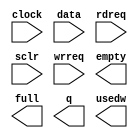
// megafunction wizard: %FIFO%VBB%
// GENERATION: STANDARD
// VERSION: WM1.0
// MODULE: scfifo 

// ============================================================
// Megafunction Name(s):
// 			scfifo
//
// Simulation Library Files(s):
// 			altera_mf
// ============================================================
// ************************************************************
// THIS IS A WIZARD-GENERATED FILE. DO NOT EDIT THIS FILE!
//
// 14.1.0 Build 186 12/03/2014 SJ Full Version
// ************************************************************

//Copyright (C) 1991-2014 Altera Corporation. All rights reserved.
//Your use of Altera Corporation's design tools, logic functions 
//and other software and tools, and its AMPP partner logic 
//functions, and any output files from any of the foregoing 
//(including device programming or simulation files), and any 
//associated documentation or information are expressly subject 
//to the terms and conditions of the Altera Program License 
//Subscription Agreement, the Altera Quartus II License Agreement,
//the Altera MegaCore Function License Agreement, or other 
//applicable license agreement, including, without limitation, 
//that your use is for the sole purpose of programming logic 
//devices manufactured by Altera and sold by Altera or its 
//authorized distributors.  Please refer to the applicable 
//agreement for further details.

module avmm_transaction_fifo (
	clock,
	data,
	rdreq,
	sclr,
	wrreq,
	empty,
	full,
	q,
	usedw);

	input	  clock;
	input	[7:0]  data;
	input	  rdreq;
	input	  sclr;
	input	  wrreq;
	output	  empty;
	output	  full;
	output	[7:0]  q;
	output	[7:0]  usedw;

endmodule

// ============================================================
// CNX file retrieval info
// ============================================================
// Retrieval info: PRIVATE: AlmostEmpty NUMERIC "0"
// Retrieval info: PRIVATE: AlmostEmptyThr NUMERIC "-1"
// Retrieval info: PRIVATE: AlmostFull NUMERIC "0"
// Retrieval info: PRIVATE: AlmostFullThr NUMERIC "-1"
// Retrieval info: PRIVATE: CLOCKS_ARE_SYNCHRONIZED NUMERIC "0"
// Retrieval info: PRIVATE: Clock NUMERIC "0"
// Retrieval info: PRIVATE: Depth NUMERIC "256"
// Retrieval info: PRIVATE: Empty NUMERIC "1"
// Retrieval info: PRIVATE: Full NUMERIC "1"
// Retrieval info: PRIVATE: INTENDED_DEVICE_FAMILY STRING "Stratix"
// Retrieval info: PRIVATE: LE_BasedFIFO NUMERIC "0"
// Retrieval info: PRIVATE: LegacyRREQ NUMERIC "1"
// Retrieval info: PRIVATE: MAX_DEPTH_BY_9 NUMERIC "0"
// Retrieval info: PRIVATE: OVERFLOW_CHECKING NUMERIC "0"
// Retrieval info: PRIVATE: Optimize NUMERIC "0"
// Retrieval info: PRIVATE: RAM_BLOCK_TYPE NUMERIC "0"
// Retrieval info: PRIVATE: SYNTH_WRAPPER_GEN_POSTFIX STRING "0"
// Retrieval info: PRIVATE: UNDERFLOW_CHECKING NUMERIC "0"
// Retrieval info: PRIVATE: UsedW NUMERIC "1"
// Retrieval info: PRIVATE: Width NUMERIC "8"
// Retrieval info: PRIVATE: dc_aclr NUMERIC "0"
// Retrieval info: PRIVATE: diff_widths NUMERIC "0"
// Retrieval info: PRIVATE: msb_usedw NUMERIC "0"
// Retrieval info: PRIVATE: output_width NUMERIC "8"
// Retrieval info: PRIVATE: rsEmpty NUMERIC "1"
// Retrieval info: PRIVATE: rsFull NUMERIC "0"
// Retrieval info: PRIVATE: rsUsedW NUMERIC "0"
// Retrieval info: PRIVATE: sc_aclr NUMERIC "0"
// Retrieval info: PRIVATE: sc_sclr NUMERIC "1"
// Retrieval info: PRIVATE: wsEmpty NUMERIC "0"
// Retrieval info: PRIVATE: wsFull NUMERIC "1"
// Retrieval info: PRIVATE: wsUsedW NUMERIC "0"
// Retrieval info: LIBRARY: altera_mf altera_mf.altera_mf_components.all
// Retrieval info: CONSTANT: ADD_RAM_OUTPUT_REGISTER STRING "OFF"
// Retrieval info: CONSTANT: INTENDED_DEVICE_FAMILY STRING "Stratix"
// Retrieval info: CONSTANT: LPM_NUMWORDS NUMERIC "256"
// Retrieval info: CONSTANT: LPM_SHOWAHEAD STRING "OFF"
// Retrieval info: CONSTANT: LPM_TYPE STRING "scfifo"
// Retrieval info: CONSTANT: LPM_WIDTH NUMERIC "8"
// Retrieval info: CONSTANT: LPM_WIDTHU NUMERIC "8"
// Retrieval info: CONSTANT: OVERFLOW_CHECKING STRING "ON"
// Retrieval info: CONSTANT: UNDERFLOW_CHECKING STRING "ON"
// Retrieval info: CONSTANT: USE_EAB STRING "ON"
// Retrieval info: USED_PORT: clock 0 0 0 0 INPUT NODEFVAL "clock"
// Retrieval info: USED_PORT: data 0 0 8 0 INPUT NODEFVAL "data[7..0]"
// Retrieval info: USED_PORT: empty 0 0 0 0 OUTPUT NODEFVAL "empty"
// Retrieval info: USED_PORT: full 0 0 0 0 OUTPUT NODEFVAL "full"
// Retrieval info: USED_PORT: q 0 0 8 0 OUTPUT NODEFVAL "q[7..0]"
// Retrieval info: USED_PORT: rdreq 0 0 0 0 INPUT NODEFVAL "rdreq"
// Retrieval info: USED_PORT: sclr 0 0 0 0 INPUT NODEFVAL "sclr"
// Retrieval info: USED_PORT: usedw 0 0 8 0 OUTPUT NODEFVAL "usedw[7..0]"
// Retrieval info: USED_PORT: wrreq 0 0 0 0 INPUT NODEFVAL "wrreq"
// Retrieval info: CONNECT: @clock 0 0 0 0 clock 0 0 0 0
// Retrieval info: CONNECT: @data 0 0 8 0 data 0 0 8 0
// Retrieval info: CONNECT: @rdreq 0 0 0 0 rdreq 0 0 0 0
// Retrieval info: CONNECT: @sclr 0 0 0 0 sclr 0 0 0 0
// Retrieval info: CONNECT: @wrreq 0 0 0 0 wrreq 0 0 0 0
// Retrieval info: CONNECT: empty 0 0 0 0 @empty 0 0 0 0
// Retrieval info: CONNECT: full 0 0 0 0 @full 0 0 0 0
// Retrieval info: CONNECT: q 0 0 8 0 @q 0 0 8 0
// Retrieval info: CONNECT: usedw 0 0 8 0 @usedw 0 0 8 0
// Retrieval info: GEN_FILE: TYPE_NORMAL avmm_transaction_fifo.v TRUE
// Retrieval info: GEN_FILE: TYPE_NORMAL avmm_transaction_fifo.inc FALSE
// Retrieval info: GEN_FILE: TYPE_NORMAL avmm_transaction_fifo.cmp FALSE
// Retrieval info: GEN_FILE: TYPE_NORMAL avmm_transaction_fifo.bsf FALSE
// Retrieval info: GEN_FILE: TYPE_NORMAL avmm_transaction_fifo_inst.v FALSE
// Retrieval info: GEN_FILE: TYPE_NORMAL avmm_transaction_fifo_bb.v TRUE
// Retrieval info: LIB_FILE: altera_mf